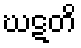
ဃဋတိ